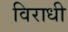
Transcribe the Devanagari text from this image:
विराधी